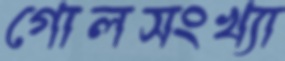
গোলসংখ্যা